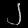
Digit: ၂